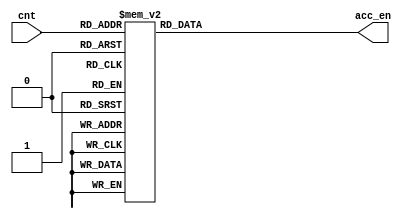
module Custom_ACC_en_Decoder(
    input [4:0] cnt,            // stage 27 -> 2^5 = 32
    output reg [3:0] acc_en     // 
);
    always @(*) begin
        case(cnt)
            5'b0_0000 : acc_en = 4'b0000;
            5'b0_0001 : acc_en = 4'b0000;
            5'b0_0010 : acc_en = 4'b0000;
            5'b0_0011 : acc_en = 4'b0000;
            5'b0_0100 : acc_en = 4'b0000;
            5'b0_0101 : acc_en = 4'b1000;
            5'b0_0110 : acc_en = 4'b1100;
            5'b0_0111 : acc_en = 4'b1100;
            5'b0_1000 : acc_en = 4'b0100;
            5'b0_1001 : acc_en = 4'b1010;
            5'b0_1010 : acc_en = 4'b0111;
            5'b0_1011 : acc_en = 4'b1000;
            5'b0_1100 : acc_en = 4'b0111;
            5'b0_1101 : acc_en = 4'b1000;
            5'b0_1110 : acc_en = 4'b0101;
            5'b0_1111 : acc_en = 4'b0000;
            5'b1_0000 : acc_en = 4'b1010;
            5'b1_0001 : acc_en = 4'b0111;
            5'b1_0010 : acc_en = 4'b1000;
            5'b1_0011 : acc_en = 4'b0111;
            5'b1_0100 : acc_en = 4'b1000;
            5'b1_0101 : acc_en = 4'b0101;
            5'b1_0110 : acc_en = 4'b0010;
            5'b1_0111 : acc_en = 4'b0011;
            5'b1_1000 : acc_en = 4'b0011;
            5'b1_1001 : acc_en = 4'b0001;
            default   : acc_en = 4'b0000;
        endcase
    end
endmodule